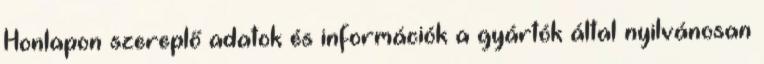
Honlapon szereplő adatok és információk a gyártók által nyilvánosan